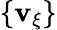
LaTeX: \{ \textbf{v}_{\xi}\}